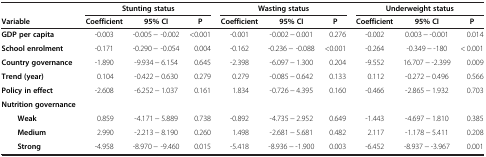
<table><thead><tr><td><b> </b></td><td colspan="3"><b>Stunting status</b></td><td colspan="3"><b>Wasting status</b></td><td colspan="3"><b>Underweight status</b></td></tr><tr><td><b>Variable</b></td><td><b>Coefficient</b></td><td><b>95% CI</b></td><td><b>P</b></td><td><b>Coefficient</b></td><td><b>95% CI</b></td><td><b>P</b></td><td><b>Coefficient</b></td><td><b>95% CI</b></td><td><b>P</b></td></tr></thead><tbody><tr><td><b>GDP per capita</b></td><td>-0.003</td><td>-0.005 − -0.002</td><td>&lt;0.001</td><td>-0.001</td><td>-0.002 − 0.001</td><td>0.276</td><td>-0.002</td><td>0.003 − -0.001</td><td>0.014</td></tr><tr><td><b>School enrolment</b></td><td>-0.171</td><td>-0.290 − -0.054</td><td>0.004</td><td>-0.162</td><td>-0.236 − -0.088</td><td>&lt;0.001</td><td>-0.264</td><td>-0.349 − -180</td><td>&lt; 0.001</td></tr><tr><td><b>Country governance</b></td><td>-1.890</td><td>-9.934 − 6.154</td><td>0.645</td><td>-2.398</td><td>-6.097 − 1.300</td><td>0.204</td><td>-9.552</td><td>16.707 − -2.399</td><td>0.009</td></tr><tr><td><b>Trend (year)</b></td><td>0.104</td><td>-0.422 − 0.630</td><td>0.279</td><td>0.279</td><td>-0.085 − 0.642</td><td>0.133</td><td>0.112</td><td>-0.272 − 0.496</td><td>0.566</td></tr><tr><td><b>Policy in effect</b></td><td>-2.608</td><td>-6.252 − 1.037</td><td>0.161</td><td>1.834</td><td>-0.726 − 4.395</td><td>0.160</td><td>-0.466</td><td>-2.865 − 1.932</td><td>0.703</td></tr><tr><td><b>Nutrition governance</b></td><td> </td><td> </td><td> </td><td> </td><td> </td><td> </td><td> </td><td> </td><td> </td></tr><tr><td><b>Weak</b></td><td>0.859</td><td>-4.171 − 5.889</td><td>0.738</td><td>-0.892</td><td>-4.735 − 2.952</td><td>0.649</td><td>-1.443</td><td>-4.697 − 1.810</td><td>0.385</td></tr><tr><td><b>Medium</b></td><td>2.990</td><td>-2.213 − 8.190</td><td>0.260</td><td>1.498</td><td>-2.681 − 5.681</td><td>0.482</td><td>2.117</td><td>-1.178 − 5.411</td><td>0.208</td></tr><tr><td><b>Strong</b></td><td>-4.958</td><td>-8.970 − -9.460</td><td>0.015</td><td>-5.418</td><td>-8.936 − -1.900</td><td>0.003</td><td>-6.452</td><td>-8.937 − -3.967</td><td>0.001</td></tr></tbody></table>